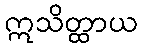
ဣသိတ္ထာယ